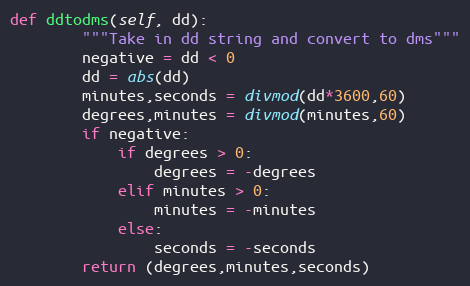
Language: Python
def ddtodms(self, dd):
        """Take in dd string and convert to dms"""
        negative = dd < 0
        dd = abs(dd)
        minutes,seconds = divmod(dd*3600,60)
        degrees,minutes = divmod(minutes,60)
        if negative:
            if degrees > 0:
                degrees = -degrees
            elif minutes > 0:
                minutes = -minutes
            else:
                seconds = -seconds
        return (degrees,minutes,seconds)